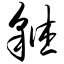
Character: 貅